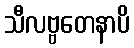
သီလဗ္ဗတေနာပိ